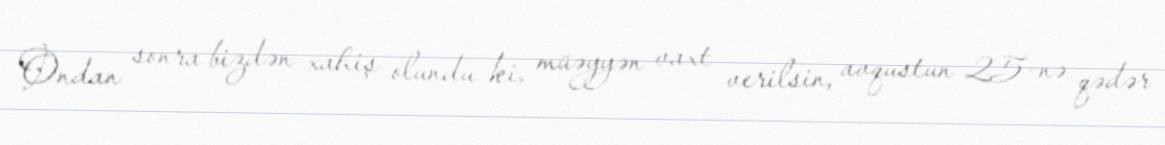
Ondan sonra bizdən xahiş olundu ki, müəyyən vaxt verilsin, avqustun 25-nə qədər